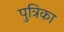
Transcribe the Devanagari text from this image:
पुत्रिका